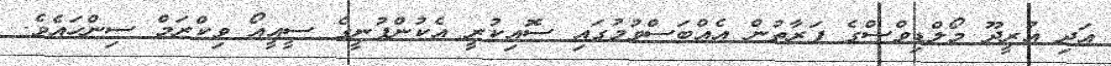
އަދި އުރީދޫ މޯލްޑިވްސްގެ ފަރާތުން އެއްބަސްވުމުގައި ސޮއިކުރީ އެކުންފުނީގެ ސީއީއޯ ވިކްރަމް ސިންހައެވެ.